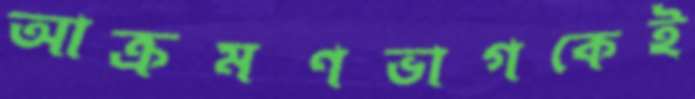
আক্রমণভাগকেই